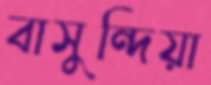
বাসুন্দিয়া